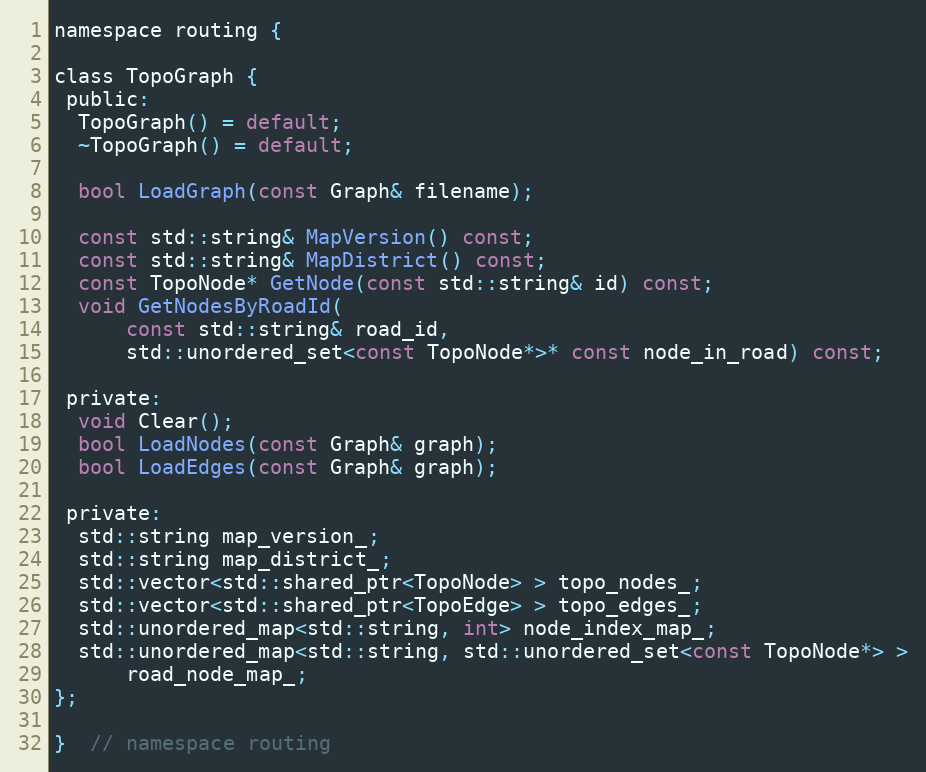
Language: C
namespace routing {

class TopoGraph {
 public:
  TopoGraph() = default;
  ~TopoGraph() = default;

  bool LoadGraph(const Graph& filename);

  const std::string& MapVersion() const;
  const std::string& MapDistrict() const;
  const TopoNode* GetNode(const std::string& id) const;
  void GetNodesByRoadId(
      const std::string& road_id,
      std::unordered_set<const TopoNode*>* const node_in_road) const;

 private:
  void Clear();
  bool LoadNodes(const Graph& graph);
  bool LoadEdges(const Graph& graph);

 private:
  std::string map_version_;
  std::string map_district_;
  std::vector<std::shared_ptr<TopoNode> > topo_nodes_;
  std::vector<std::shared_ptr<TopoEdge> > topo_edges_;
  std::unordered_map<std::string, int> node_index_map_;
  std::unordered_map<std::string, std::unordered_set<const TopoNode*> >
      road_node_map_;
};

}  // namespace routing